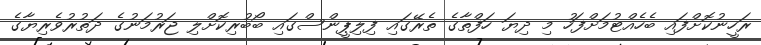
ރަހީނުކޮށްފައި ބެހެއްޓުމަށްފަހު މި ދިޔަ ހަފްތާގެ ތެރޭގައި ފިލިޕީންސްގައި ބޯބުރިކޮށްލި ޖަރުމަނުގެ ދަތުރުވެރިޔާގެ